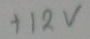
Text: +12V